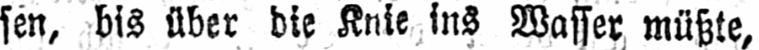
sen, bis über die Knie ins Wasser müßte,